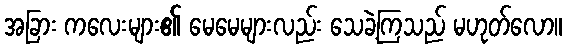
အခြား ကလေးများ၏ မေမေများလည်း သေခဲ့ကြသည် မဟုတ်လော။